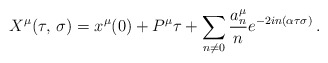
\begin{align*}X^ {\mu} (\tau,\, \sigma) = x^{\mu} (0) + P^{\mu} \tau + \sum_ {n \ne 0}\frac {a_n^ {\mu}} {n} e^ {-2 i n (\alpha\tau \sigma)} \,.\end{align*}